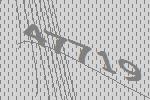
47719